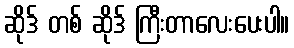
ဆိုဒ် တစ် ဆိုဒ် ကြီးတာလေးပေးပါ။